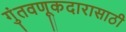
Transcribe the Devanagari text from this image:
गुंतवणूकदारासाठी